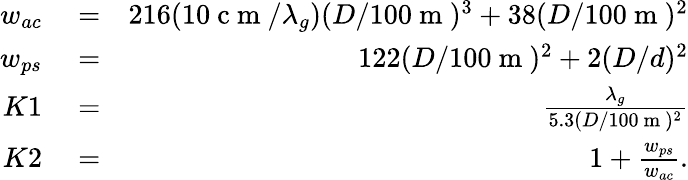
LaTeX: \begin{array}{rlr}{w_{ac}}&{{}=}&{216(10\mathrm{~c~m~}/\lambda_{g})(D/100\mathrm{~m~})^{3}+38(D/100\mathrm{~m~})^{2}}\\ {w_{ps}}&{{}=}&{122(D/100\mathrm{~m~})^{2}+2(D/d)^{2}}\\ {K1}&{{}=}&{\frac{\lambda_{g}}{5.3(D/100\mathrm{~m~})^{2}}}\\ {K2}&{{}=}&{1+\frac{w_{ps}}{w_{ac}}.}\end{array}